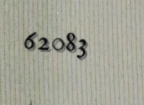
62083